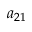
a _ { 2 1 }